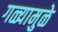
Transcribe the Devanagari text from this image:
गळ्यामुळे